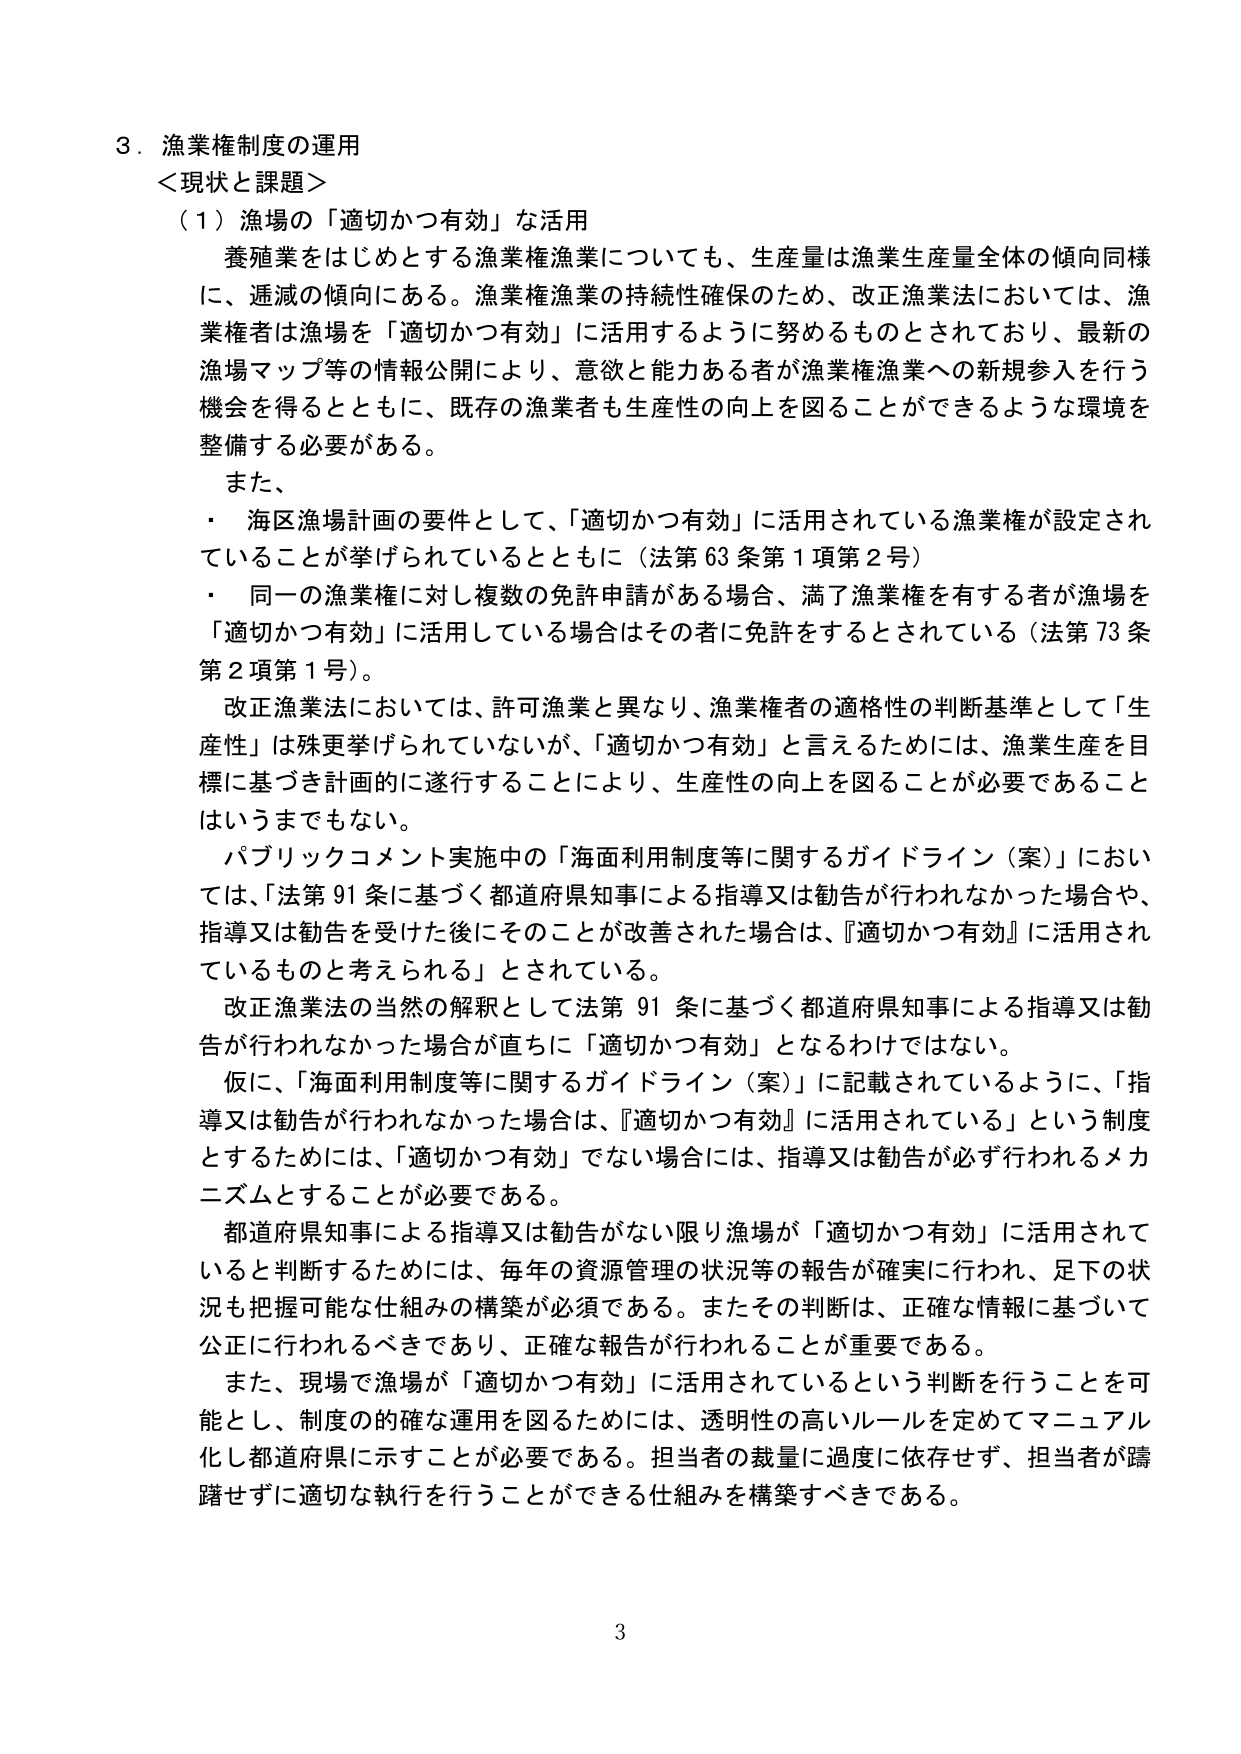
３．漁業権制度の運用
＜現状と課題＞
（１）漁場の「適切かつ有効」な活用
　養殖業をはじめとする漁業権漁業についても、生産量は漁業生産量全体の傾向同様に、逓減の傾向にある。漁業権漁業の持続性確保のため、改正漁業法においては、漁業権者は漁場を「適切かつ有効」に活用するように努めるものとされており、最新の漁場マップ等の情報公開により、意欲と能力ある者が漁業権漁業への新規参入を行う機会を得るとともに、既存の漁業者も生産性の向上を図ることができるような環境を整備する必要がある。
　また、
　・　海区漁場計画の要件として、「適切かつ有効」に活用されている漁業権が設定されていることが挙げられているとともに（法第63条第1項第2号）
　・　同一の漁業権に対し複数の免許申請がある場合、満了漁業権を有する者が漁場を「適切かつ有効」に活用している場合はその者に免許をするとされている（法第73条第2項第1号）。
　改正漁業法においては、許可漁業と異なり、漁業権者の適格性の判断基準として「生産性」は殊更挙げられていないが、「適切かつ有効」と言えるためには、漁業生産を目標に基づき計画的に遂行することにより、生産性の向上を図ることが必要であることはいうまでもない。
　パブリックコメント実施中の「海面利用制度等に関するガイドライン（案）」においては、「法第91条に基づく都道府県知事による指導又は勧告が行われなかった場合や、指導又は勧告を受けた後にそのことが改善された場合は、『適切かつ有効』に活用されているものと考えられる」とされている。
　改正漁業法の当然の解釈として法第91条に基づく都道府県知事による指導又は勧告が行われなかった場合が直ちに「適切かつ有効」となるわけではない。
　仮に、「海面利用制度等に関するガイドライン（案）」に記載されているように、「指導又は勧告が行われなかった場合は、『適切かつ有効』に活用されている」という制度とするためには、「適切かつ有効」でない場合には、指導又は勧告が必ず行われるメカニズムとすることが必要である。
　都道府県知事による指導又は勧告がない限り漁場が「適切かつ有効」に活用されていると判断するためには、毎年の資源管理の状況等の報告が確実に行われ、足下の状況も把握可能な仕組みの構築が必須である。またその判断は、正確な情報に基づいて公正に行われるべきであり、正確な報告が行われることが重要である。
　また、現場で漁場が「適切かつ有効」に活用されているという判断を行うことを可能とし、制度的的确な運用を図るためには、透明性の高いルールを定めてマニュアル化し都道府県に示すことが必要である。担当者の裁量に過度に依存せず、担当者が躊躇せずに適切な執行を行うことができる仕組みを構築すべきである。
3